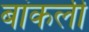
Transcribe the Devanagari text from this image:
बांकली